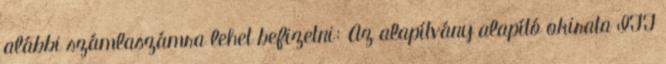
alábbi számlaszámra lehet befizetni: Az alapítvány alapító okirata ITT